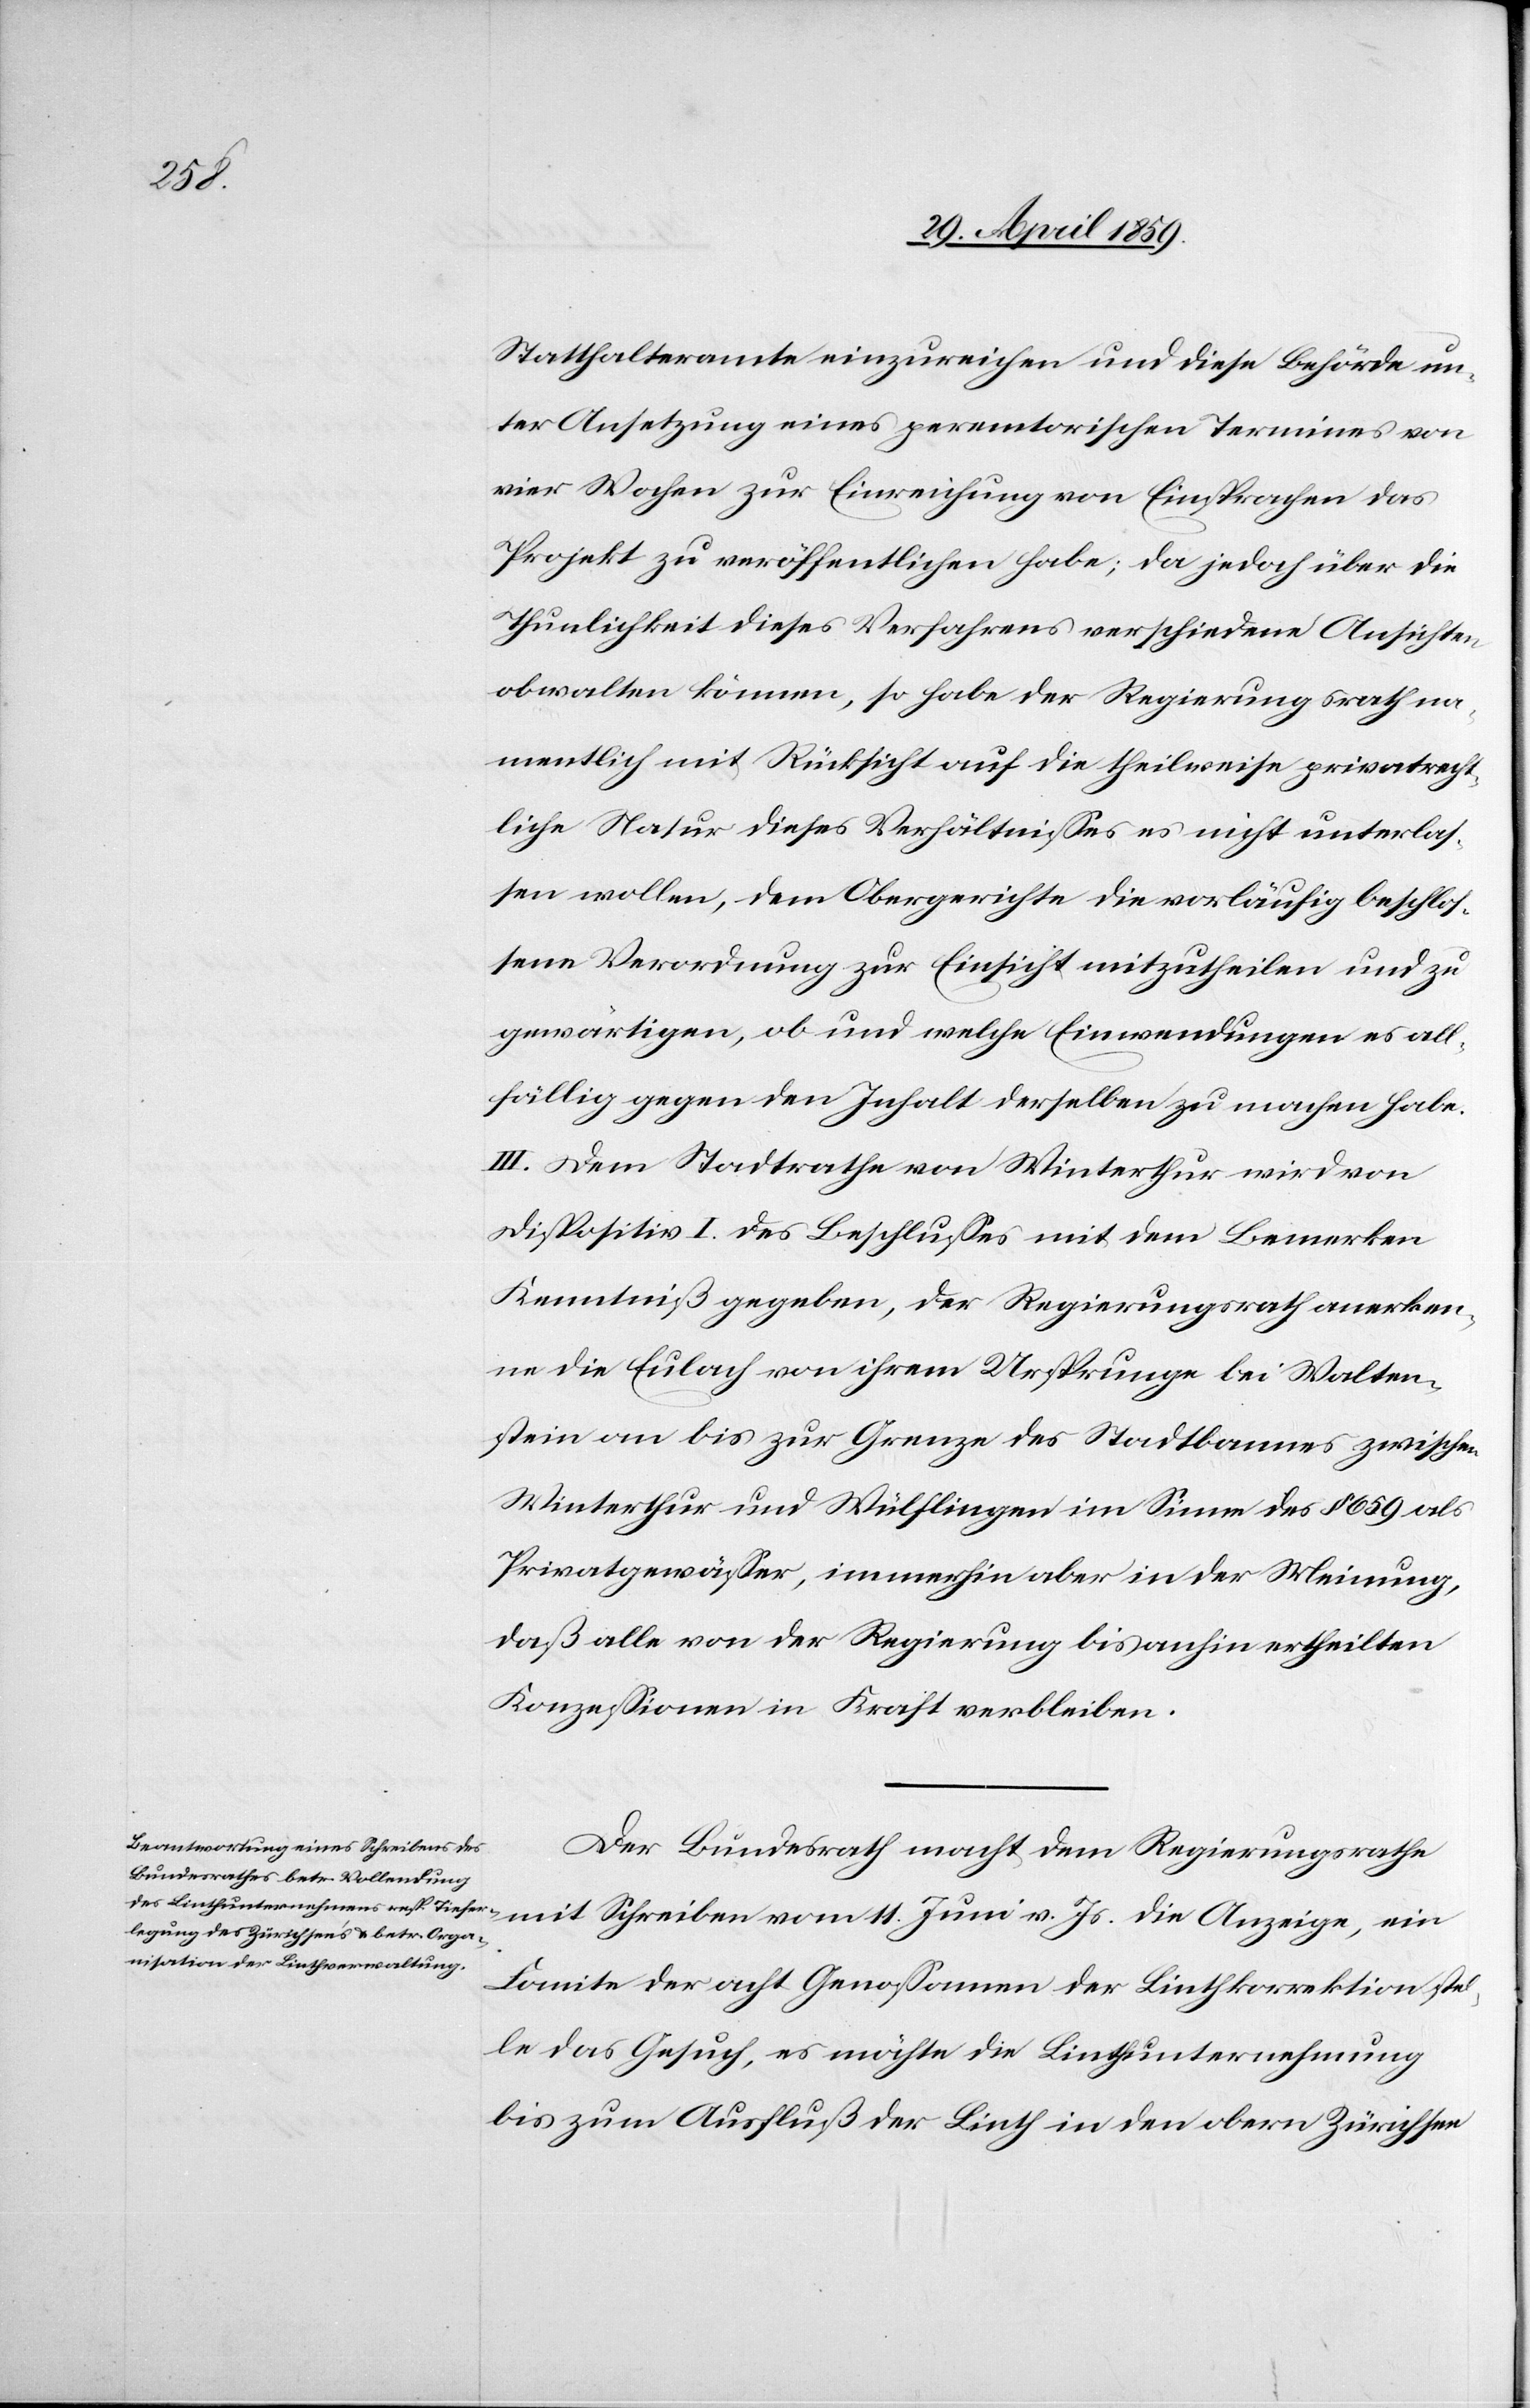
Statthalteramte einzureichen und diese Behörde un¬
ter Ansetzung eines peremtorischen Termines von
vier Wochen zur Einreichung von Einsprachen das
Projekt zu veröffentlichen habe; da jedoch über die
Thunlichkeit dieses Verfahrens verschiedene Ansichten
obwalten können, so habe der Regierungsrath na¬
mentlich mit Rücksicht auf die theilweise privatrecht¬
liche Natur dieses Verhältnißes es nicht unterlas¬
sen wollen, dem Obergerichte die vorläufig beschloß¬
ene Verordnung zur Einsicht mitzutheilen und zu
gewärtigen, ob und welche Einwendungen es all¬
fällig gegen den Inhalt derselben zu machen habe.
III. Dem Stadtrathe von Winterthur wird von
Dispositiv I. des Beschlußes mit dem Bemerken
Kenntniß gegeben, der Regierungsrath anerken¬
ne die Eulach von ihrem Ursprunge bei Walten¬
stein an bis zur Grenze des Stadtbannes zwischen
Winterthur und Wülflingen im Sinne des § 659 als
Privatgewäßer, immerhin aber in der Meinung,
daß alle von der Regierung bis anhin ertheilten
Konzeßionen in Kraft verbleiben.
Der Bundesrath macht dem Regierungsrathe
mit Schreiben vom 11. Juni v. Js. die Anzeige, ein
Comite der acht Genoßamen der Linthkorrektion ste¬
lle das Gesuch, es möchte die Linthunternehmung
bis zum Ausfluß der Linth in den obern Zürichsee